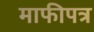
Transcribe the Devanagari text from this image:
माफीपत्र